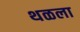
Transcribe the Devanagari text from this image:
थळला